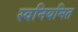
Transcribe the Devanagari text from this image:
स्वनियमित